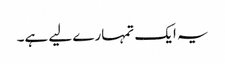
یہ ایک تمہارے لیے ہے۔